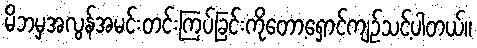
မိဘမှအလွန်အမင်းတင်းကြပ်ခြင်းကိုတော့ရှောင်ကျဉ်သင့်ပါတယ်။